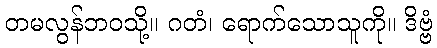
တမလွန်ဘဝသို့။ ဂတံ၊ ရောက်သောသူကို။ ဒိဗ္ဗံ